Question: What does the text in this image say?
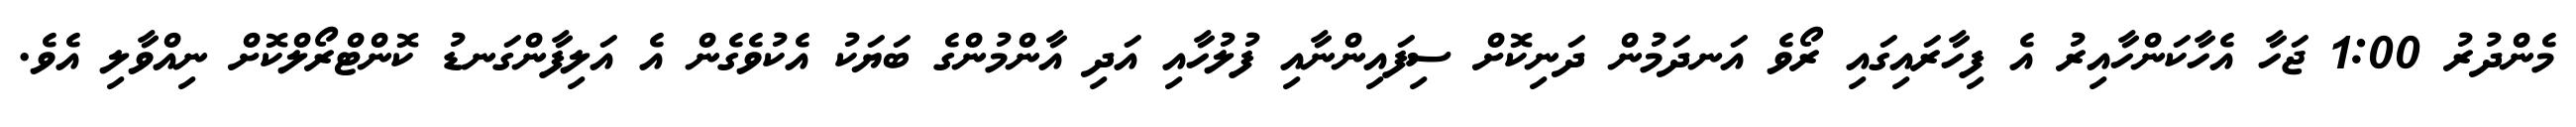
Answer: މެންދުރު 1:00 ޖަހާ އެހާކަންހާއިރު އެ ފިހާރައިގައި ރޯވެ އަނދަމުން ދަނިކޮށް ސިފައިންނާއި ފުލުހާއި އަދި އާންމުންގެ ބަޔަކު އެކުވެގެން އެ އަލިފާންގަނޑު ކޮންޓްރޯލްކޮށް ނިއްވާލި އެވެ.